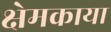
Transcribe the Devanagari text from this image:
क्षेमकाया